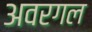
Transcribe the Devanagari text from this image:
अवरगल